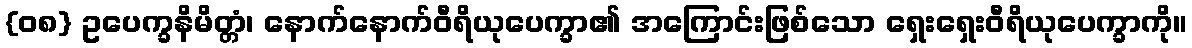
{၀၈} ဥပေက္ခနိမိတ္တံ၊ နောက်နောက်ဝီရိယုပေက္ခာ၏ အကြောင်းဖြစ်သော ရှေးရှေးဝီရိယုပေက္ခာကို။